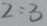
2 : 3